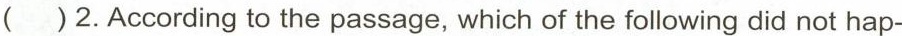
( )2.According to the passage, which of the following did not hap-